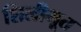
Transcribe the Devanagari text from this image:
शिलीभूत